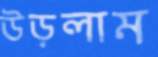
উড়লাম